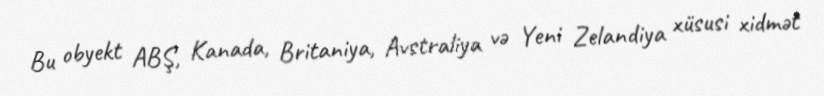
Bu obyekt ABŞ, Kanada, Britaniya, Avstraliya və Yeni Zelandiya xüsusi xidmət